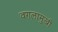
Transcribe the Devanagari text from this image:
वगलामुखी